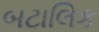
બટાલિક